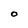
Character: O